Plague in India, 1896, 1897 - Volume 1
Year: 1896
Disease focus: Plague
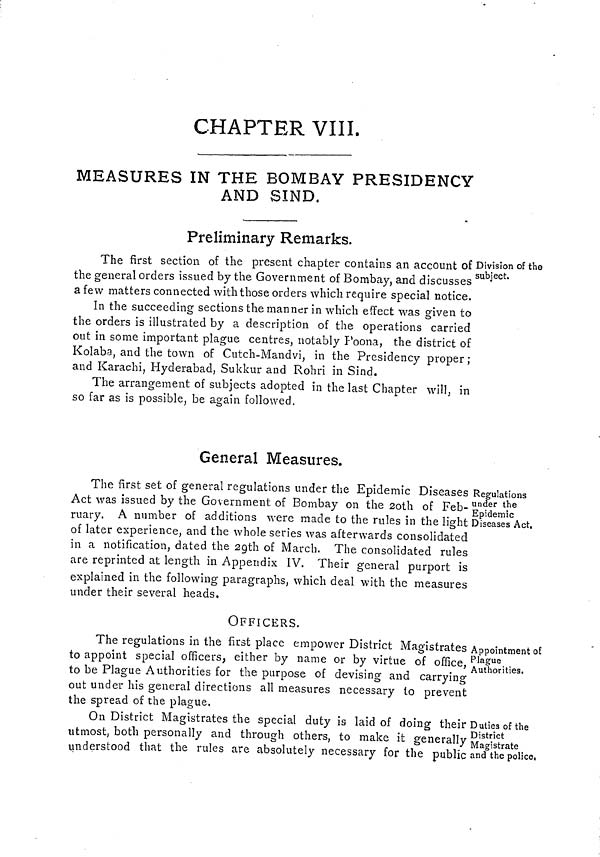
CHAPTER VIII.
MEASURES IN THE BOMBAY PRESIDENCY
AND SIND.
Preliminary Remarks.
Division of the
subject.
The first section of the present chapter contains an account of
the general orders issued by the Government of Bombay, and discusses
a few matters connected with those orders which require special notice.
In the succeeding sections the manner in which effect was given to
the orders is illustrated by a description of the operations carried
out in some important plague centres, notably Poona, the district of
Kolaba, and the town of Cutch-Mandvi, in the Presidency proper ;
and Karachi, Hyderabad, Sukkur and Rohri in Sind.
The arrangement of subjects adopted in the last Chapter will, in
so far as is possible, be again followed.
Regulations
under the
Epidemic
Diseases Act,
General Measures.
The first set of general regulations under the Epidemic Diseases
Act was issued by the Government of Bombay on the 2oth of Feb-
ruary. A number of additions were made to the rules in the light
of later experience, and the whole series was afterwards consolidated
in a notification, dated the 29th of March. The consolidated rules
are reprinted at length in Appendix IV. Their general purport is
explained in the following paragraphs, which deal with the measures
under their several heads.
Appointment of
Plague
Authorities.
OFFICERS.
The regulations in the first place empower District Magistrates
to appoint special officers, either by name or by virtue of office,
to be Plague Authorities for the purpose of devising and carrying
out under his general directions all measures necessary to prevent
the spread of the plague.
Duties of the
District
Magistrate
and the police.
On District Magistrates the special duty is laid of doing their
utmost, both personally and through others, to make it generally
understood that the rules are absolutely necessary for the public